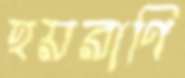
হয়রাণি